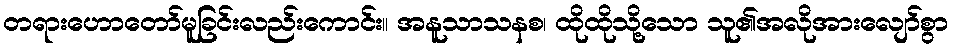
တရားဟောတော်မူခြင်းလည်းကောင်း။ အနူသာသနစ၊ ထိုထိုသို့သော သူ၏အလိုအားလျော်စွာ